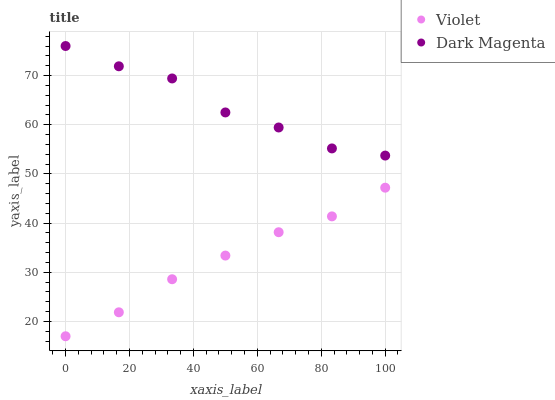
| xaxis_label | Violet | Dark Magenta |
 | --- | --- | --- |
 | 0 | 17 | 76 |
 | 16.7 | 21.9 | 71.9 |
 | 33.3 | 28.6 | 69.4 |
 | 50 | 33.4 | 62.5 |
 | 66.7 | 38.1 | 59.4 |
 | 83.3 | 41.4 | 55.2 |
 | 100 | 47.2 | 53.7 |